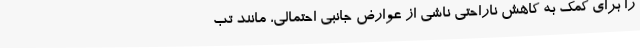
را برای کمک به کاهش ناراحتی ناشی از عوارض جانبی احتمالی، مانند تب